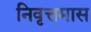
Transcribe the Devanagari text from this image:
निवृत्तमास